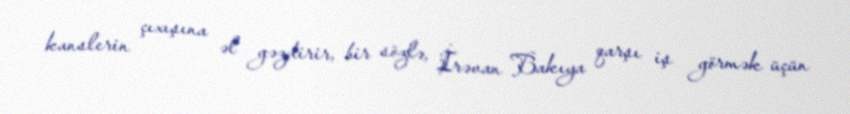
kanslerin çıxışına əl gəzdirir, bir sözlə, İrəvan Bakıya qarşı iş görmək üçün